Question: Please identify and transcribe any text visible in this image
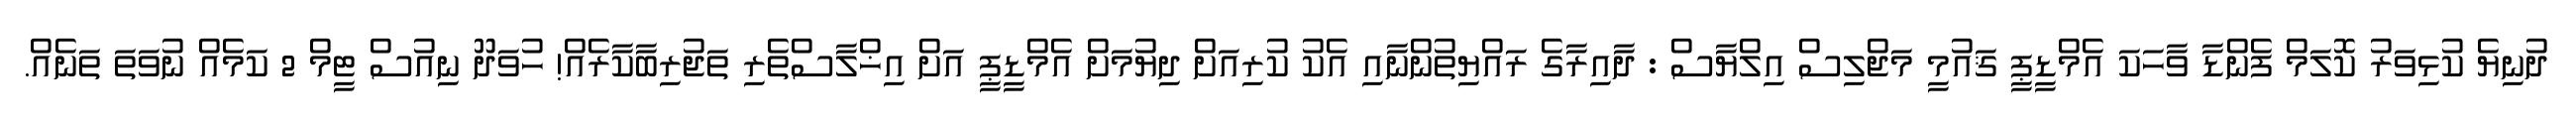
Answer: ދުނިޔެ ކުޅިވަރު ކޮލަމް ފެންޑާ ވާހަކަ އެމްޑީޕީ ޤައުމީ މަޖްލިސް އިލްޔާސް : ދާއިރާގެ ރައްޔިތުންނާއި އެކު ކުރިއަށް ދިޔުމަށް އެމްޑީޕީ އަށް އިޚްލާސްތެރި ތަޖުރިބާކާރެއް! ހުވަދޫ ނިއުސް ޓީމް 2 ކަމެއް ނުވަތަ ތަނެއް.